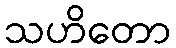
သဟိတော